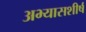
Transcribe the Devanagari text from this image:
अभ्यासशीर्ष